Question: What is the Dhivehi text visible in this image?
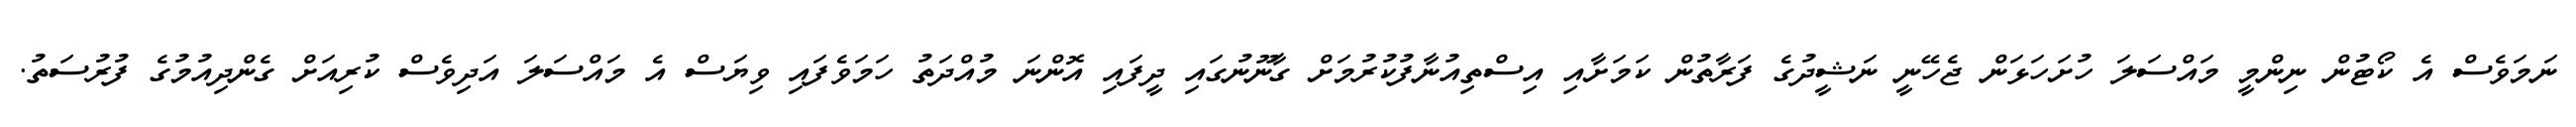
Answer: ނަމަވެސް އެ ކޯޓުން ނިންމީ މައްސަލަ ހުށަހަޅަން ޖެހޭނީ ނަޝީދުގެ ފަރާތުން ކަމަށާއި އިސްތިއުނާފުކުރުމަށް ގާނޫނުގައި ދީފައި އޮންނަ މުއްދަތު ހަމަވެފައި ވިޔަސް އެ މައްސަލަ އަދިވެސް ކުރިއަށް ގެންދިއުމުގެ ފުރުސަތު.